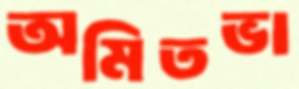
অমিতভা